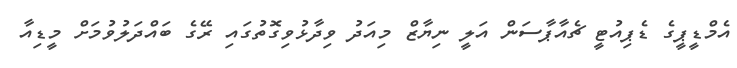
އެމްޑީޕީގެ ޑެޕިއުޓީ ޗެއާޕާސަން އަލީ ނިޔާޒް މިއަދު ވިދާޅުވިގޮތުގައި ރޭގެ ބައްދަލުވުމަށް މީޑިއާ